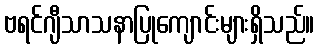
ဗရင်ဂျီသာသနာပြုကျောင်းများရှိသည်။